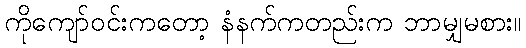
ကိုကျော်ဝင်းကတော့ နံနက်ကတည်းက ဘာမျှမစား။